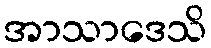
အာသာဒေသိ